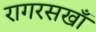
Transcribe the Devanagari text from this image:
रागरसखाँ